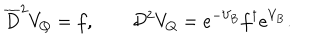
\overline { { D } } ^ { 2 } V _ { Q } = f , \qquad { \cal D } ^ { 2 } V _ { Q } = e ^ { - V _ { B } } f ^ { \dagger } e ^ { V _ { B } } .